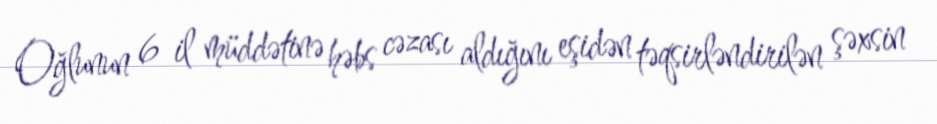
Oğlunun 6 il müddətinə həbs cəzası aldığını eşidən təqsirləndirilən şəxsin